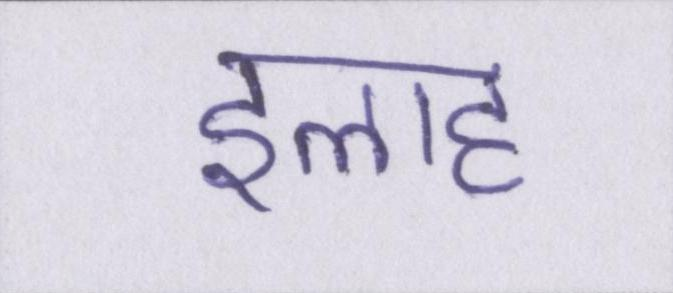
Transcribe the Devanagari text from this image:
इलाह